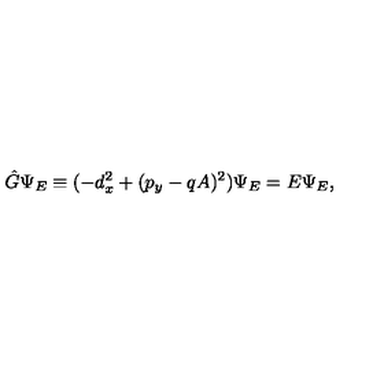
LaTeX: { \hat { G } } \Psi _ { E } \equiv ( - d _ { x } ^ { 2 } + ( p _ { y } - q A ) ^ { 2 } ) \Psi _ { E } = E \Psi _ { E } ,